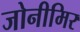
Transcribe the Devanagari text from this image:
जोनीमिर